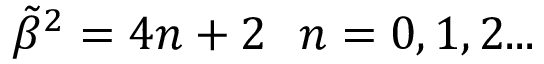
{ \tilde { \beta } } ^ { 2 } = 4 n + 2 \ \ n = 0 , 1 , 2 . . .